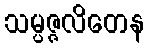
သမ္ပဇ္ဇလိတေန